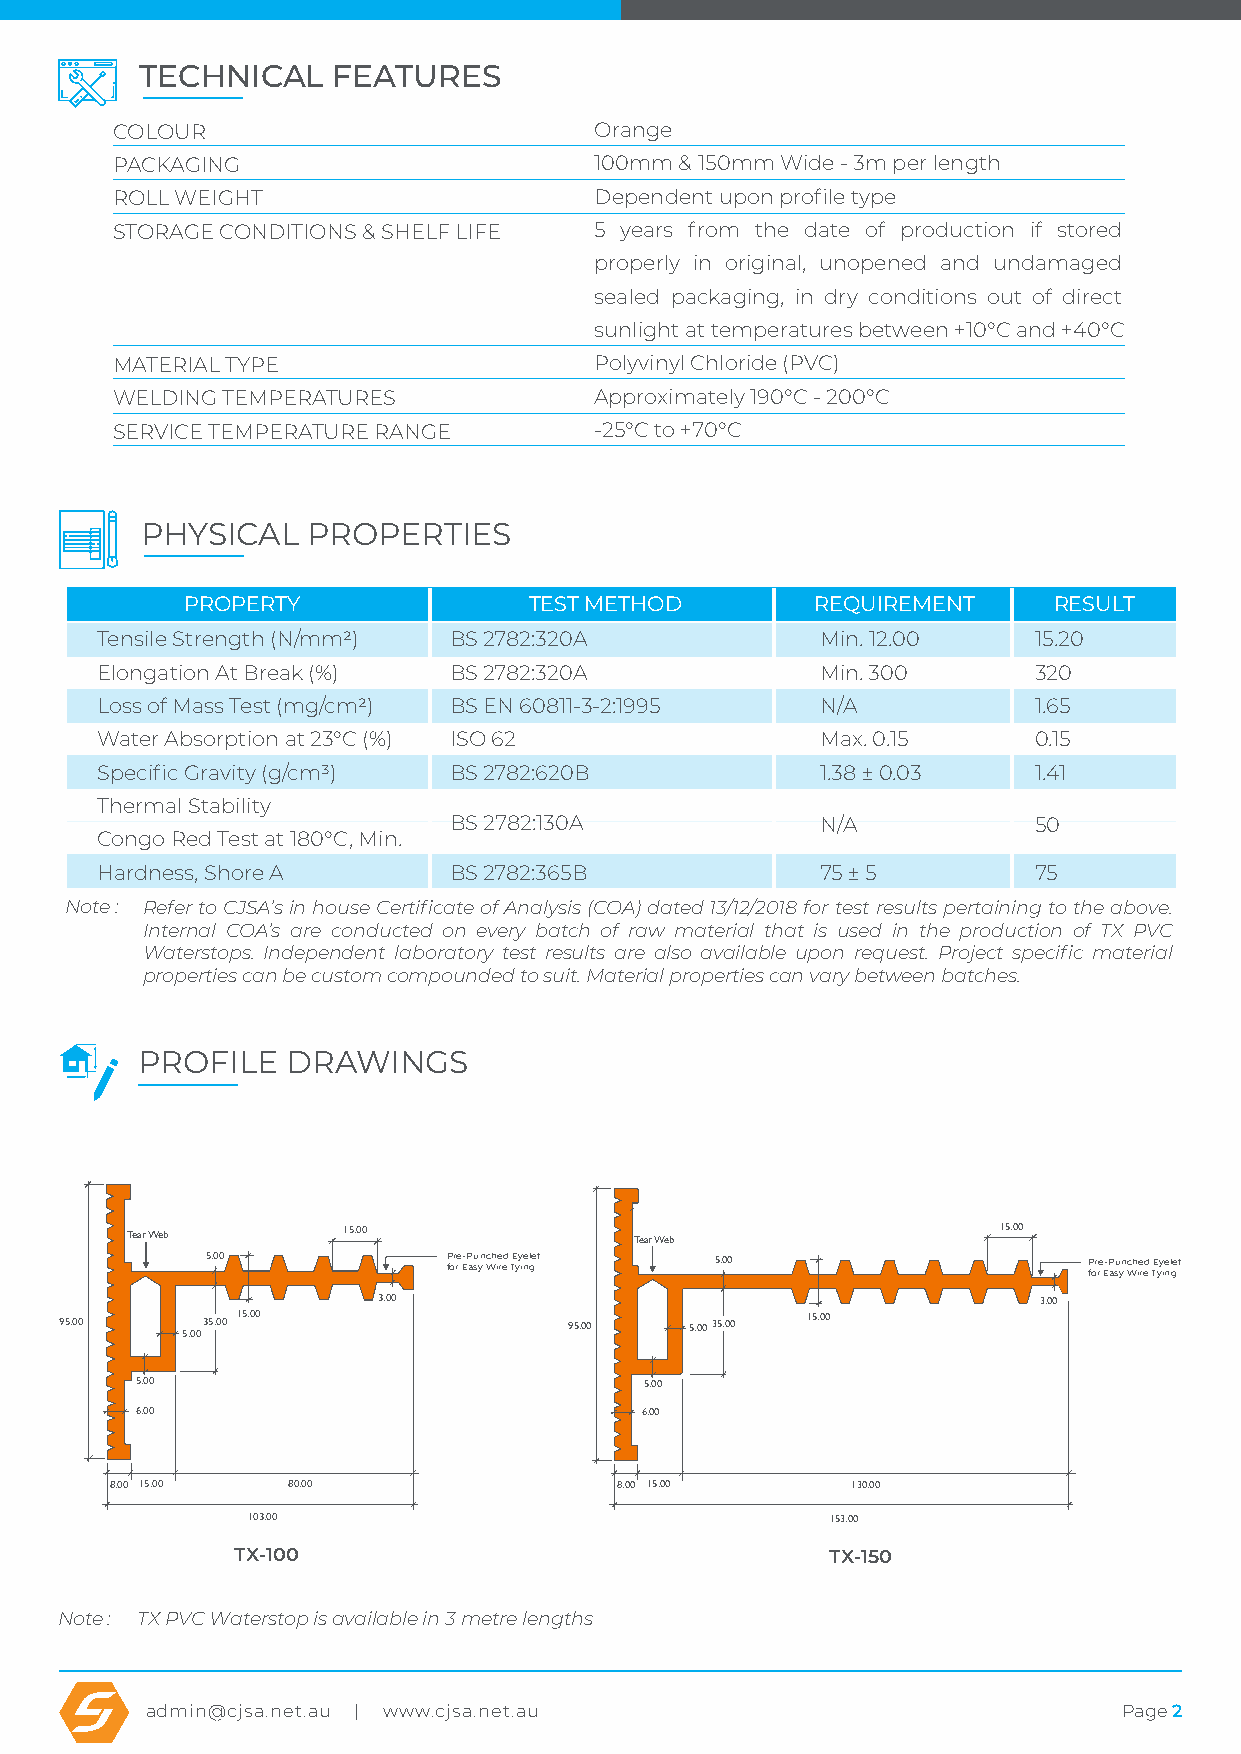
TECHNICAL    FEATURES
 COLOUR                          Orange
 PACKAGING                       100mm & 150mm Wide - 3m per length
 ROLL WEIGHT                     Dependent upon profile type
 STORAGE CONDITIONS & SHELF LIFE 5 years from the date of production if stored
 properly in original, unopened and undamaged
 sealed packaging, in dry conditions out of direct
 sunlight at temperatures between +10°C and +40°C
 MATERIAL TYPE                   Polyvinyl Chloride (PVC)
 WELDING TEMPERATURES            Approximately 190°C - 200°C
 SERVICE TEMPERATURE RANGE       -25°C to +70°C
 PHYSICAL   PROPERTIES
 PROPERTY               TEST METHOD        REQUIREMENT     RESULT
 Tensile Strength (N/mm2) BS 2782:320A           Min. 12.00    15.20
 Elongation At Break (%) BS 2782:320A            Min. 300      320
 Loss of Mass Test (mg/cm2) BS EN 60811-3-2:1995 N/A           1.65
 Water Absorption at 23°C (%) ISO 62             Max. 0.15     0.15
 Specific Gravity (g/cm3) BS 2782:620B           1.38 ± 0.03   1.41
 Thermal Stability
 BS 2782:130A            N/A           50
 Congo Red Test at 180°C, Min.
 Hardness, Shore A       BS 2782:365B            75 ± 5        75
 Note : Refer to CJSA’s in house Certificate of Analysis (COA) dated 13/12/2018 for test results pertaining to the above.
 Internal COA’s are conducted on every batch of raw material that is used in the production of TX PVC
 Waterstops. Independent laboratory test results are also available upon request. Project specific material
 properties can be custom compounded to suit. Material properties can vary between batches.
 PROFILE   DRAWINGS
 HYDROSTATIC     HEAD   PRESSURE    RESISTANCE
 Tear Web       15.00              Tear Web                15.00
 5.00            P for re E-P au syn Wch ie red TE yy inel get 5.00 P for re E-P au syn Wch ie red TE yy inel get
 3.00                                        3.00
 95.00   5.0035.00 15.00           95.00 10.00 5.0035.00 15.00
 5.00                              5.00
 6.00                             6.00
 8.00 15.00  80.00                 8.00 15.00     130.00
 103.00                                 153.00
 TX-100                                 TX-150
 Note : TX PVC Waterstop is available in 3 metre lengths
 admin@cjsa.net.au | www.cjsa.net.au                             Page 2